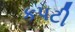
કપટી